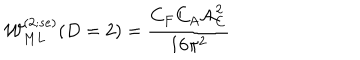
LaTeX: { \cal W } _ { M L } ^ { ( 2 ; s e ) } ( D = 2 ) = \frac { C _ { F } C _ { A } { \cal A } _ { C } ^ { 2 } } { { 1 6 { \pi } ^ { 2 } } }